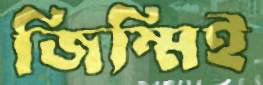
জিম্মিই